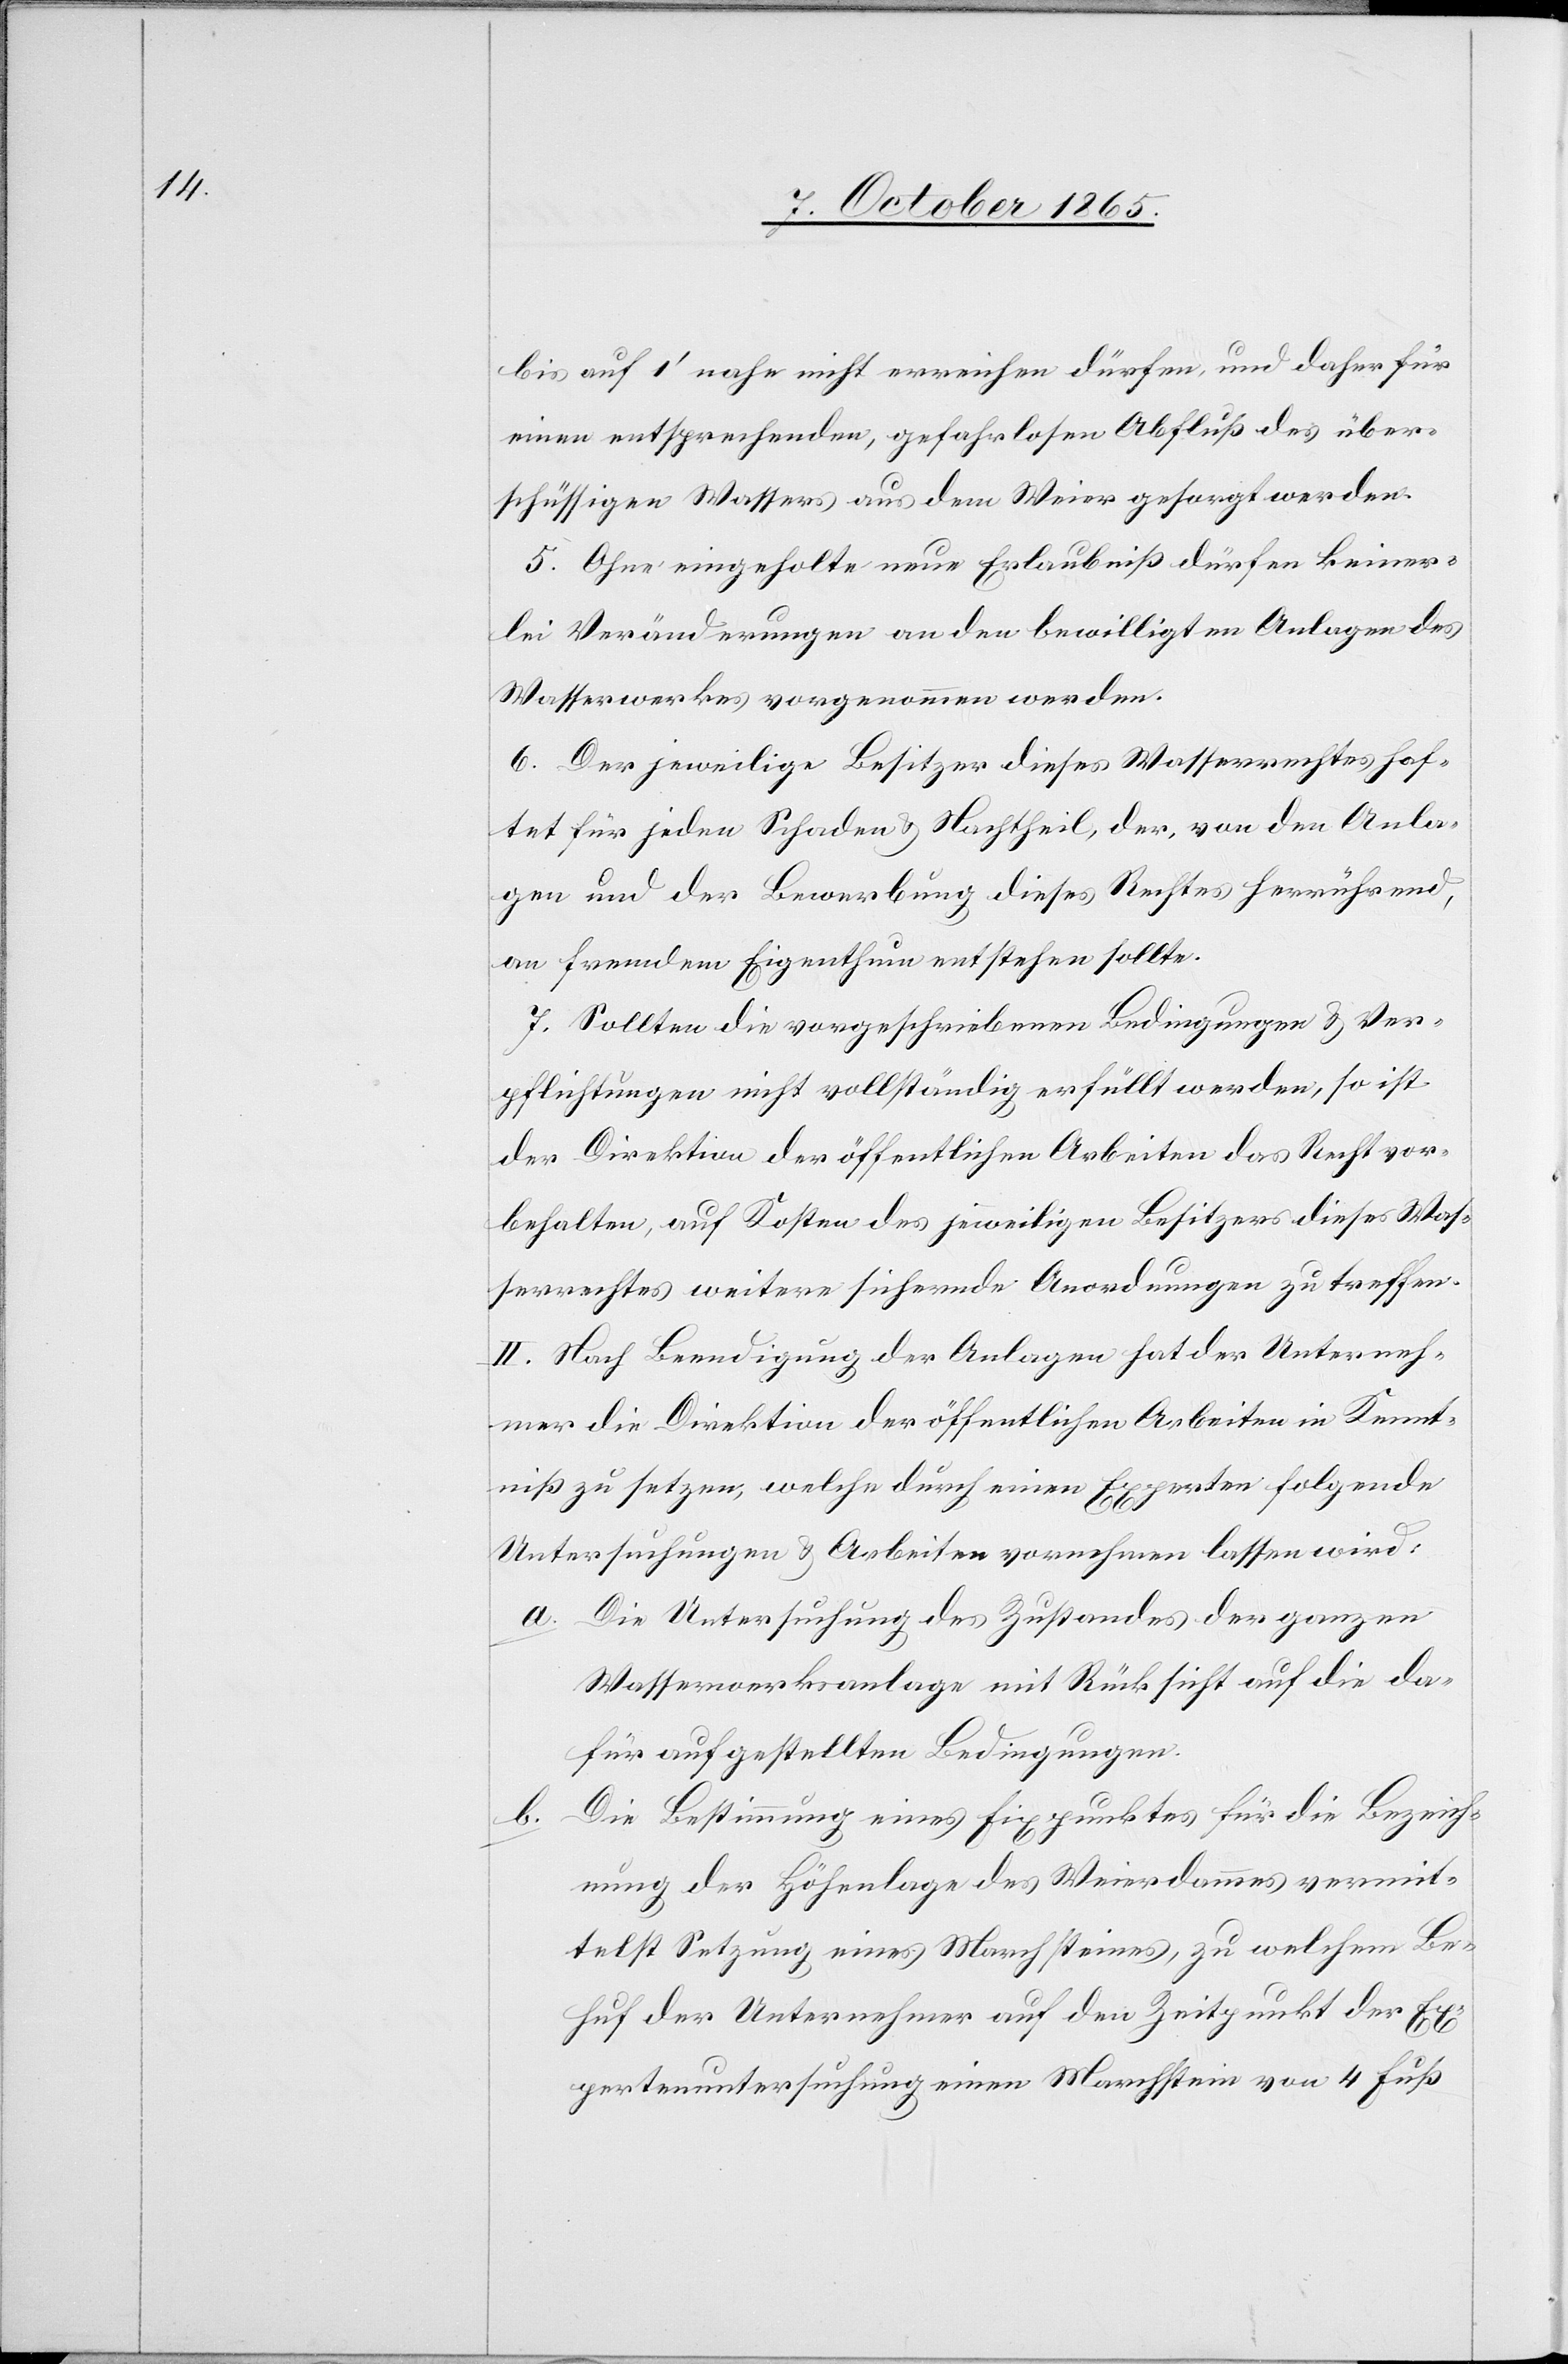
bis auf 1’ nahe nicht erreichen dürfen, und daher für
einen entsprechenden, gefahrlosen Abfluß des über¬
schüssigen Wassers aus dem Weier gesorgt werden.
5. Ohne eingeholte neue Erlaubniß dürfen keiner¬
lei Veränderungen an den bewilligten Anlagen des
Wasserwerkes vorgenommen werden.
6. Der jeweilige Besitzer dieses Wasserrechtes haf¬
tet für jeden Schaden & Nachtheil, der, von den Anla¬
gen und der Bewerbung dieses Rechtes herrührend,
an fremdem Eigenthum entstehen sollte.
7. Sollten die vorgeschriebenen Bedingungen und Ver¬
pflichtungen nicht vollständig erfüllt werden, so ist
der Direktion der öffentlichen Arbeiten das Recht vor¬
behalten, auf Kosten des jeweiligen Besitzers dieses Was¬
serrechtes weitere sichernde Anordnungen zu treffen.
II. Nach Beendigung der Anlagen hat der Unterneh¬
mer die Direktion der öffentlichen Arbeiten in Kennt¬
niß zu setzen, welche durch einen Experten folgende
Untersuchungen & Arbeiten vornehmen lassen wird:
a. Die Untersuchung des Zustandes der ganzen
Wasserwerksanlage mit Rücksicht auf die da¬
für aufgestellten Bedingungen.
Die Bestimmung eines Fixpunktes für die Bezeich¬
b.
nung der Höhenlage des Weierdammes vermit¬
telst Setzung eines Marchsteines, zu welchem Be¬
huf der Unternehmer auf den Zeitpunkt der Ex¬
pertenuntersuchung einen Marchstein von 4 Fuß